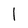
Character: l